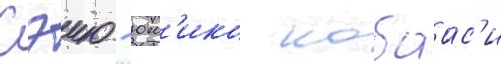
Сэию - юм'ико кобаас'и